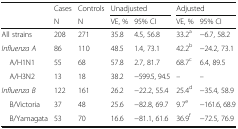
<table><thead><tr><td></td><td><b>Cases</b></td><td><b>Controls</b></td><td colspan="2"><b>Unadjusted</b></td><td colspan="2"><b>Adjusted</b></td></tr><tr><td></td><td><b>N</b></td><td><b>N</b></td><td><b>VE, %</b></td><td><b>95% CI</b></td><td><b>VE, %</b></td><td><b>95% CI</b></td></tr></thead><tbody><tr><td>All strains</td><td>208</td><td>271</td><td>35.8</td><td>4.5, 56.8</td><td>33.2<sup>a</sup></td><td>−6.7, 58.2</td></tr><tr><td><i>Influenza A</i></td><td>86</td><td>110</td><td>48.5</td><td>1.4, 73.1</td><td>42.2<sup>b</sup></td><td>−24.2, 73.1</td></tr><tr><td> A/H1N1</td><td>55</td><td>68</td><td>57.8</td><td>2.7, 81.7</td><td>68.7<sup>c</sup></td><td>6.4, 89.5</td></tr><tr><td> A/H3N2</td><td>13</td><td>18</td><td>38.2</td><td>−599.5, 94.5</td><td>–</td><td>–</td></tr><tr><td><i>Influenza B</i></td><td>122</td><td>161</td><td>26.2</td><td>−22.2, 55.4</td><td>25.4<sup>d</sup></td><td>−35.4, 58.9</td></tr><tr><td> B/Victoria</td><td>37</td><td>48</td><td>25.6</td><td>−82.8, 69.7</td><td>9.7<sup>e</sup></td><td>−161.6, 68.9</td></tr><tr><td> B/Yamagata</td><td>53</td><td>70</td><td>16.6</td><td>−81.1, 61.6</td><td>36.9<sup>f</sup></td><td>−72.5, 76.9</td></tr></tbody></table>